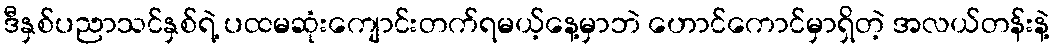
ဒီနှစ်ပညာသင်နှစ်ရဲ့ ပထမဆုံးကျောင်းတက်ရမယ့်နေ့မှာဘဲ ဟောင်ကောင်မှာရှိတဲ့ အလယ်တန်းနဲ့